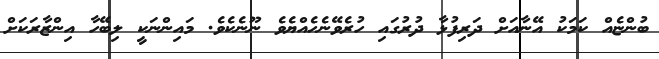
ބުންޏެއް ކަމަކު އޭނާއަށް ދަރިފުޅާ ދުރުގައި ހުރެވޭނެހެއްޔެވެ ނޫނެކެވެ. މައިންނަކީ ލިބޭހާ އިންޒާރަކަށް